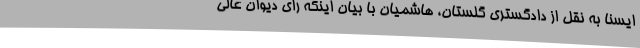
ایسنا به نقل از دادگستری گلستان، هاشمیان با بیان اینکه رای دیوان عالی